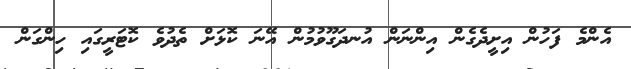
އެންމެ ފަހުން އިށީދެގެން އިންނަން އުނދަގޫވުމުން އޭނަ ކޮޅަށް ތެދުވެ ކޮޓަރީގައި ހިންގަން